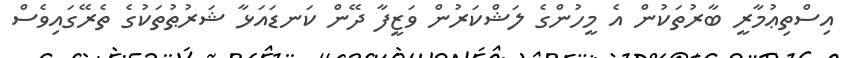
އިސްތިޢުމާރީ ބާރުތަކުން އެ މީހުންގެ ލަޝްކަރުން ވަޒީފާ ދޭން ކަނޑައަޅާ ޝަރުޠުތަކުގެ ތެރޭގައިވެސް